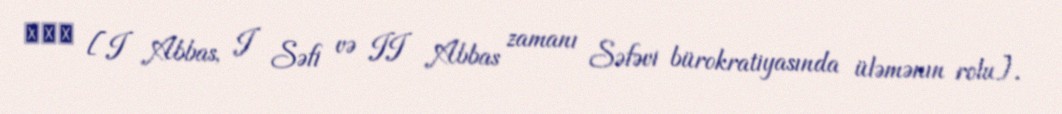
دوم [I Abbas, I Səfi və II Abbas zamanı Səfəvi bürokratiyasında üləmənın rolu].